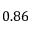
0 . 8 6